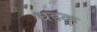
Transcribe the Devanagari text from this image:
धडक्